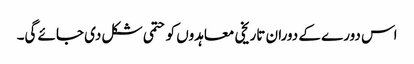
اس دورے کے دوران تاریخی معاہدوں کو حتمی شکل دی جائے گی۔